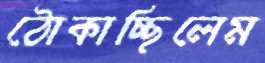
ঠোকাচ্ছিলেম